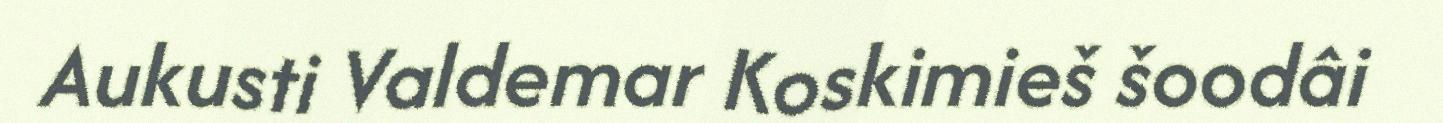
Aukusti Valdemar Koskimieš šoodâi